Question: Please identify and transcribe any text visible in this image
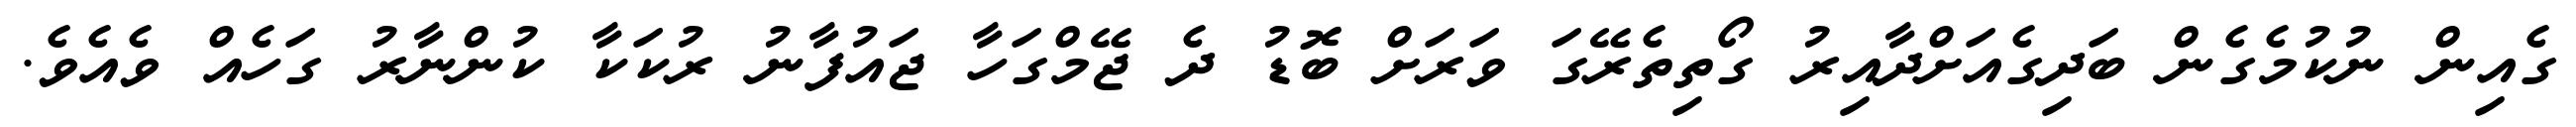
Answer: ގެއިން ނުކުމެގެން ބަދިގެއަށްދާއިރު ގޯތިތެރޭގަ ވަރަށް ބޮޑު ދެ ޖޭމްގަހާ ޖައުފާނު ރުކަކާ ކުންނާރު ގަހެއް ވެއެވެ.